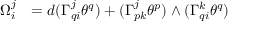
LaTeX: \begin{array} { l l } { \Omega _ { i } ^ { j } } & { = d ( \Gamma _ { q i } ^ { j } \theta ^ { q } ) + ( \Gamma _ { p k } ^ { j } \theta ^ { p } ) \wedge ( \Gamma _ { q i } ^ { k } \theta ^ { q } ) } \end{array}